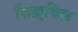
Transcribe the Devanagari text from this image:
सिक़्विल